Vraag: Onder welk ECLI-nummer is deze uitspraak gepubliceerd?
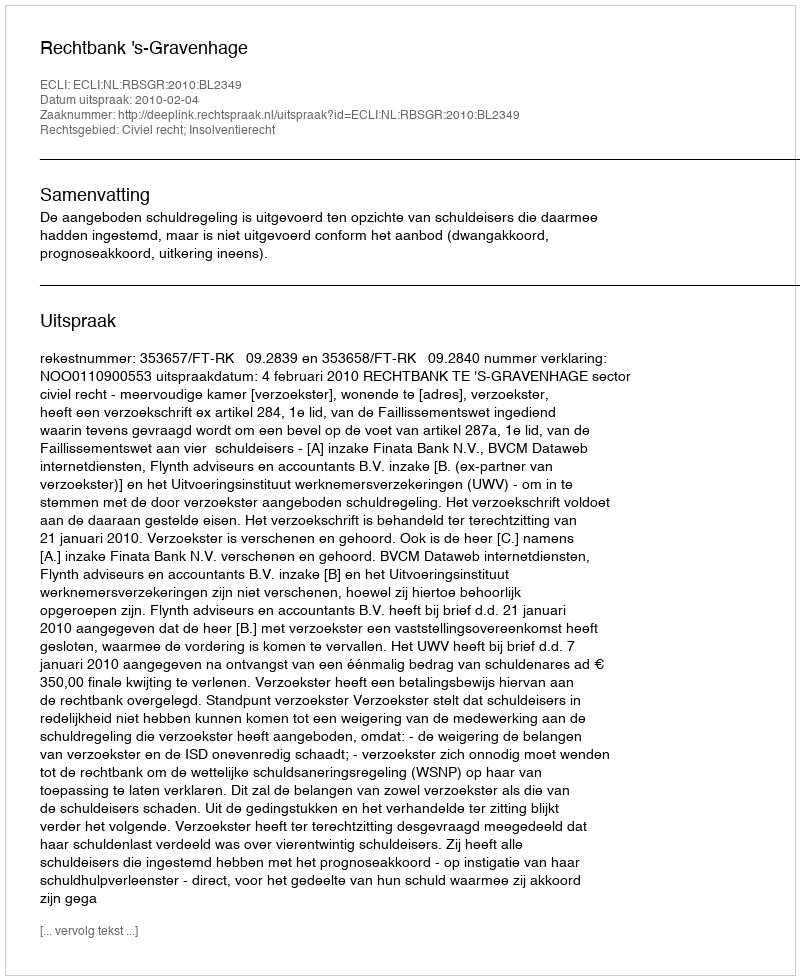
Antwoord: ECLI:NL:RBSGR:2010:BL2349